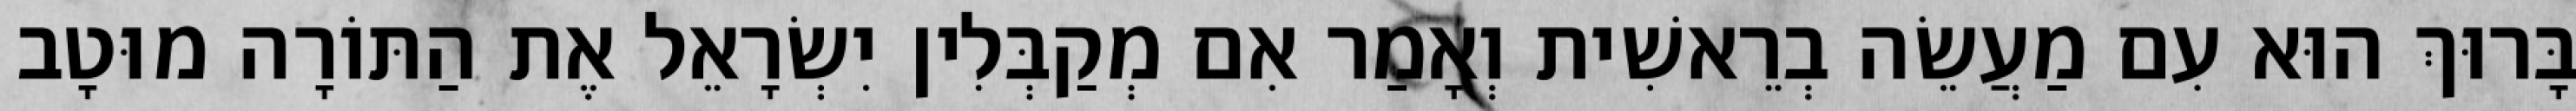
בָּרוּךְ הוּא עִם מַעֲשֵׂה בְרֵאשִׁית וְאָמַר אִם מְקַבְּלִין יִשְׂרָאֵל אֶת הַתּוֹרָה מוּטָב